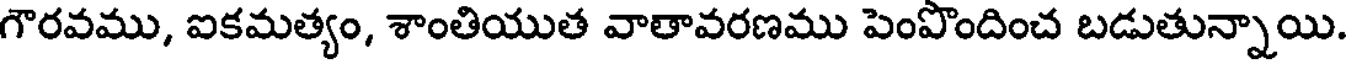
గౌరవము, ఐకమత్యం, శాంతియుత వాతావరణము పెంపొందించ బడుతున్నాయి.